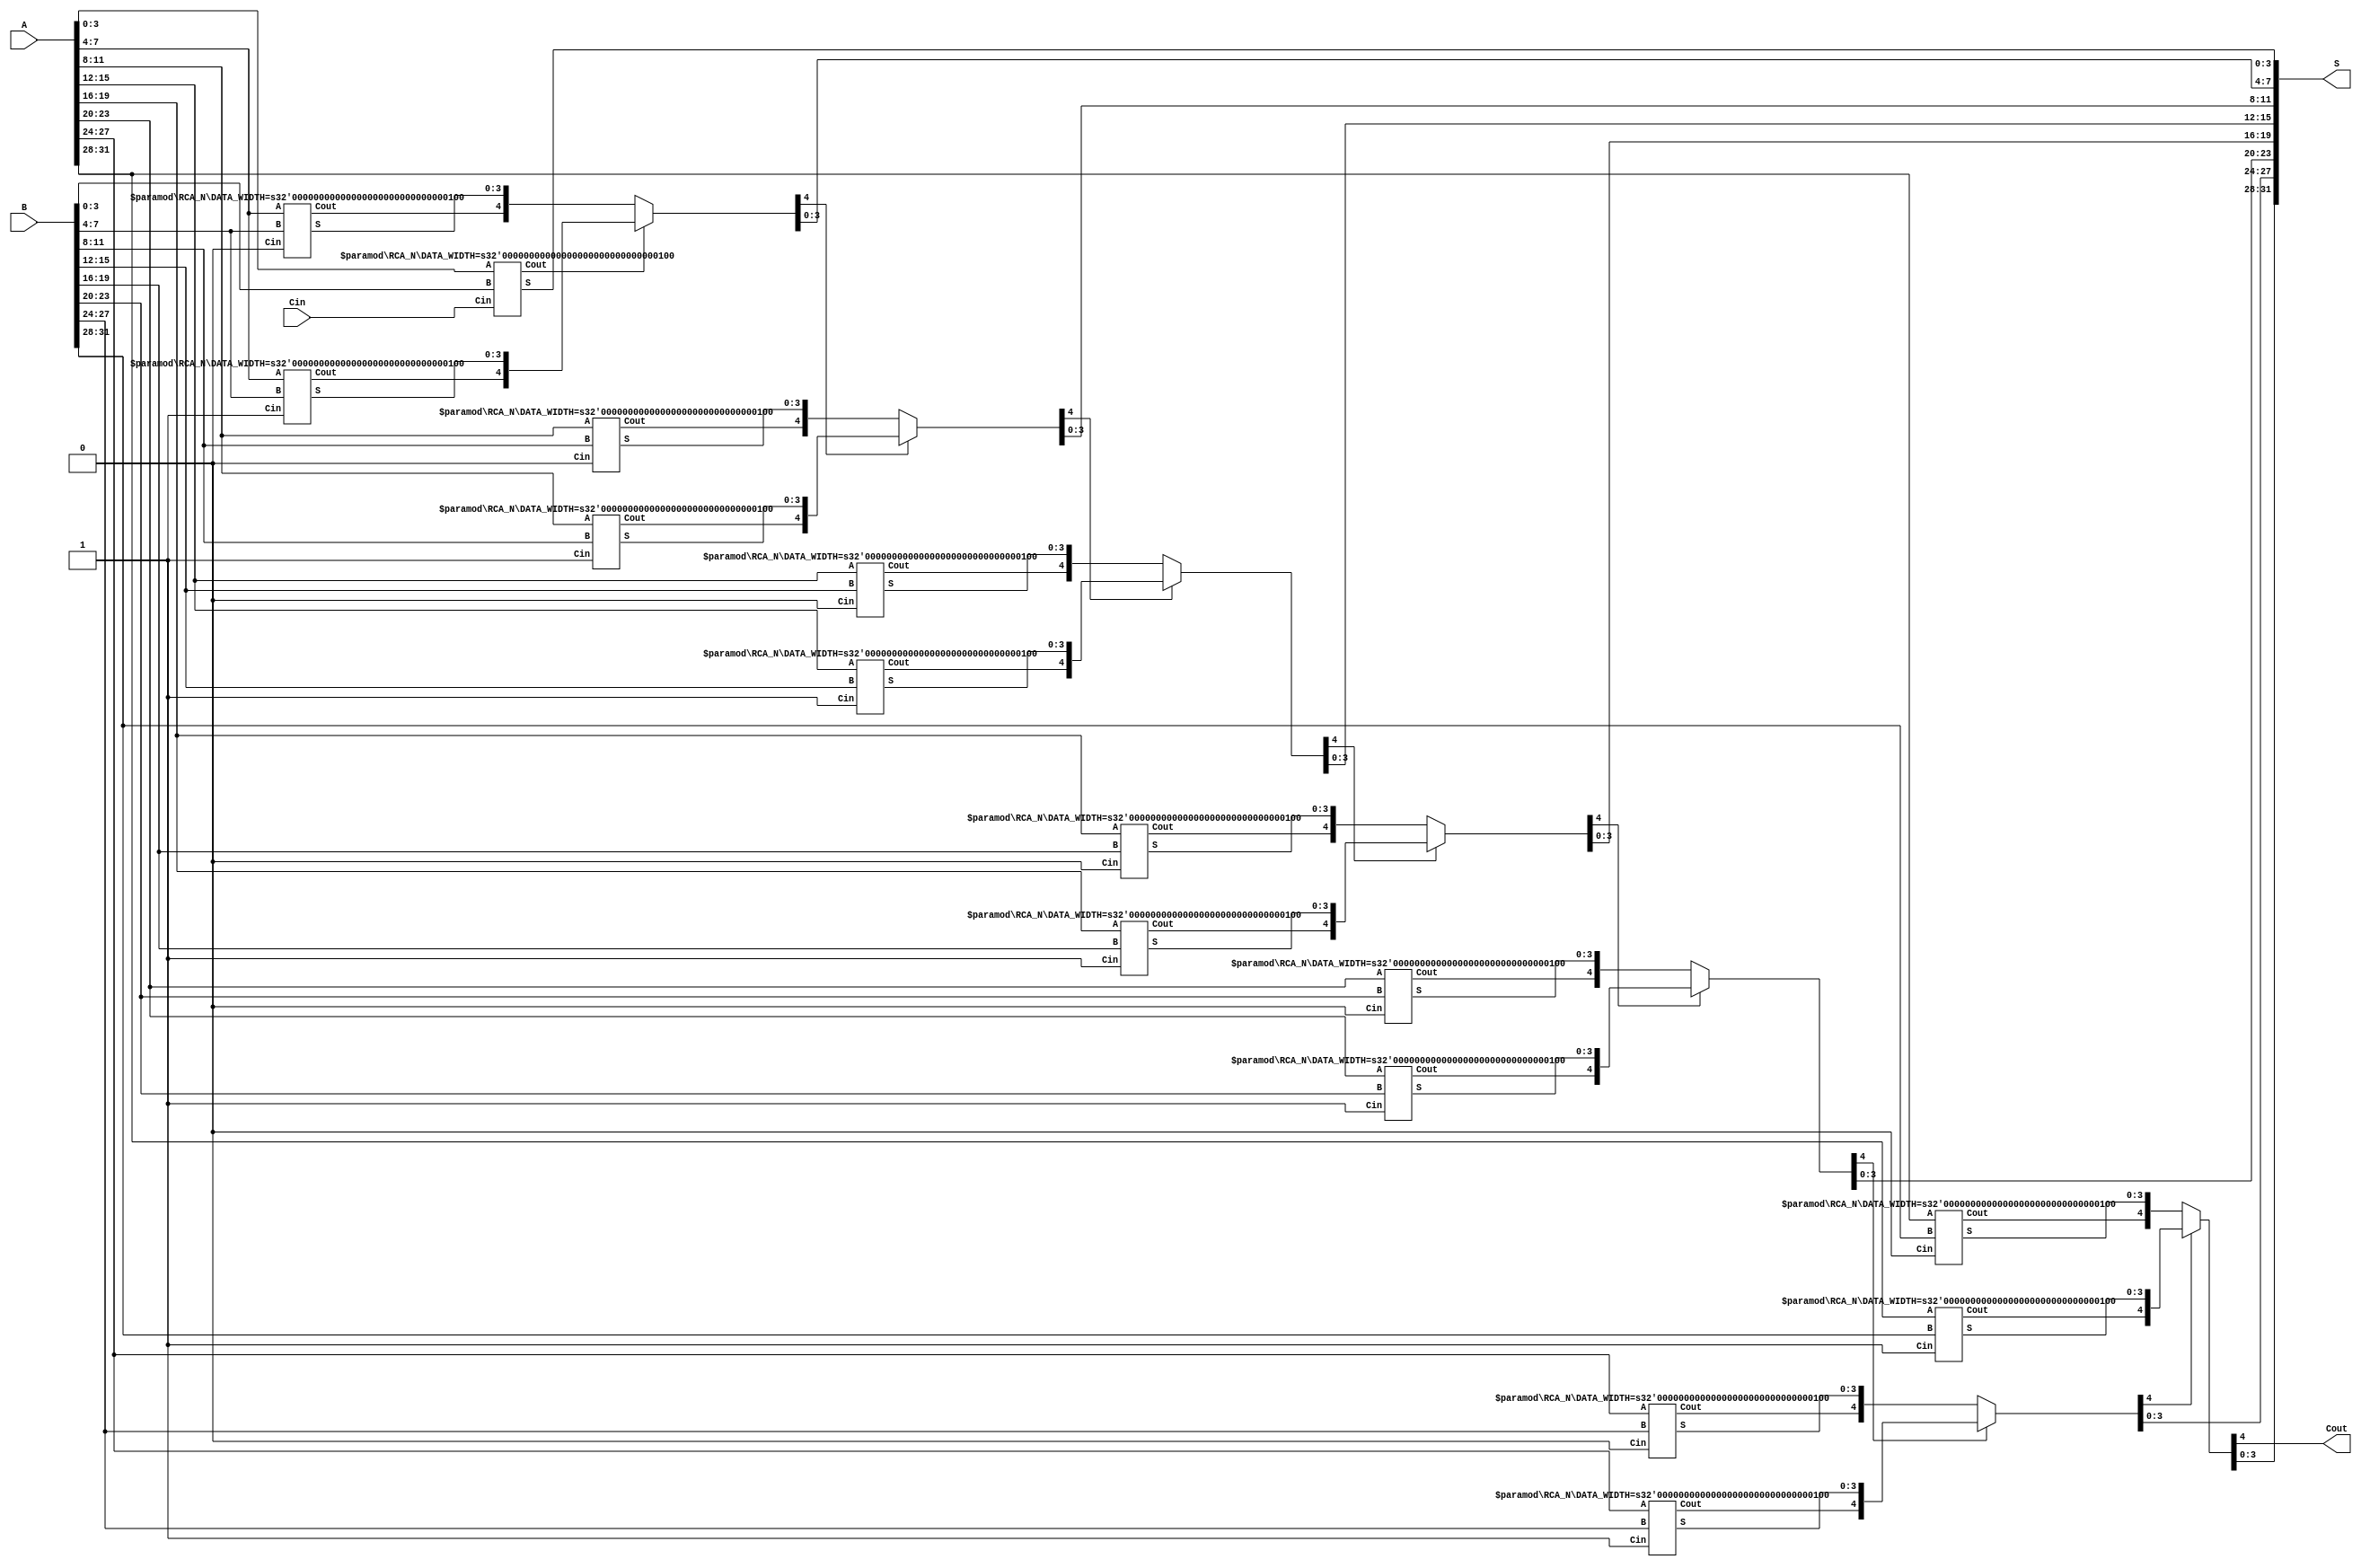


module CSA_ADDER3 #(
    parameter DATA_WIDTH = 32,
    parameter BLOCK_SIZE = 4
)
(
    input [DATA_WIDTH - 1:0] A,
    input [DATA_WIDTH - 1:0] B,
    input Cin,
    output Cout,
    output [DATA_WIDTH - 1:0] S
);

    localparam STAGES_COUNT = DATA_WIDTH / BLOCK_SIZE;

    wire [DATA_WIDTH - 1:0] S0;
    wire [DATA_WIDTH - 1:0] S1;

    wire [STAGES_COUNT - 1:0] C0;
    wire [STAGES_COUNT - 1:0] C1;
    wire [STAGES_COUNT - 1:0] C;

    genvar i;

    RCA_N #(
        .DATA_WIDTH(BLOCK_SIZE)
    )
    U0_RCA (
        .A(A[BLOCK_SIZE - 1:0]),
        .B(B[BLOCK_SIZE - 1:0]),
        .Cin(Cin),

        .Cout(C[0]),
        .S(S[BLOCK_SIZE - 1:0])
    );
    

    generate
        for (i = 1; i < STAGES_COUNT; i = i + 1) begin : stages_count
                RCA_N #(
                    .DATA_WIDTH(BLOCK_SIZE)
                )
                U_final_RCA_C0 (
                    .A(A[(i + 1) * BLOCK_SIZE - 1:i * BLOCK_SIZE]),
                    .B(B[(i + 1) * BLOCK_SIZE - 1:i * BLOCK_SIZE]),
                    .Cin(1'b0),

                    .Cout(C0[i]),
                    .S(S0[(i + 1) * BLOCK_SIZE - 1:i * BLOCK_SIZE])
                );

                RCA_N #(
                    .DATA_WIDTH(BLOCK_SIZE)
                )
                U_final_RCA_C1 (
                    .A(A[(i + 1) * BLOCK_SIZE - 1:i * BLOCK_SIZE]),
                    .B(B[(i + 1) * BLOCK_SIZE - 1:i * BLOCK_SIZE]),
                    .Cin(1'b1),
                    
                    .Cout(C1[i]),
                    .S(S1[(i + 1) * BLOCK_SIZE - 1:i * BLOCK_SIZE])
                );
                assign {C[i], S[(i + 1) * BLOCK_SIZE - 1:i * BLOCK_SIZE]} =
                 (C[i-1] == 1'b1) ? 
                 {C1[i], S1[(i + 1) * BLOCK_SIZE - 1:i * BLOCK_SIZE]} :
                 {C0[i], S0[(i + 1) * BLOCK_SIZE - 1:i * BLOCK_SIZE]};
        end
    endgenerate

    assign Cout = C[STAGES_COUNT - 1];

endmodule
module RCA_N #(
    parameter DATA_WIDTH = 4
)
(
    input [DATA_WIDTH - 1:0] A,
    input [DATA_WIDTH - 1:0] B,
    input Cin,

    output Cout,
    output [DATA_WIDTH - 1:0] S
);

    wire [DATA_WIDTH:0] C;
    assign C[0] = Cin;

    genvar i;

    generate
        for (i = 0; i < DATA_WIDTH; i = i + 1) begin: RCA_LOOP
            assign S[i] = A[i] ^ B[i] ^ C[i];
            assign C[i + 1] = (A[i] & B[i]) | (B[i] & C[i]) | (C[i] & A[i]);
        end
    endgenerate

    assign Cout = C[DATA_WIDTH];

endmodule